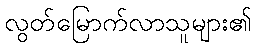
လွတ်မြောက်လာသူများ၏